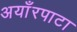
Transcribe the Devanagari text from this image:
अयाँरपाटा